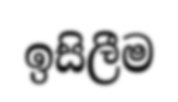
ඉසිලීම